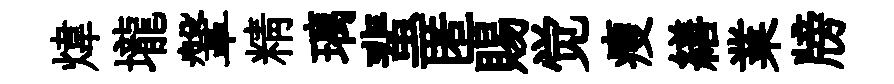
煒壠鞶精璃蜚匿賜觉瘦繕業牓